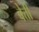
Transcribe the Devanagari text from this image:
बेत्ती